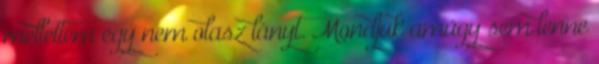
mellettem egy nem olasz lányt. Mondjuk amúgy sem lenne